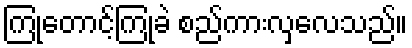
ကြုံတောင့်ကြုံခဲ စည်ကားလှလေသည်။